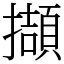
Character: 擷